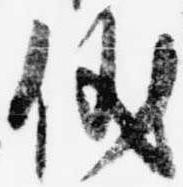
儀